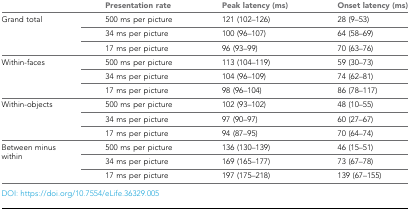
|  | Presentation rate | Peak latency (ms) | Onset latency (ms) |
 | --- | --- | --- | --- |
 | <ROWSPAN=3> Grand total | 500 ms per picture | 121 (102–126) | 28 (9–53) |
 | 34 ms per picture | 100 (96–107) | 64 (58–69) |
 | 17 ms per picture | 96 (93–99) | 70 (63–76) |
 | <ROWSPAN=3> Within-faces | 500 ms per picture | 113 (104–119) | 59 (30–73) |
 | 34 ms per picture | 104 (96–109) | 74 (62–81) |
 | 17 ms per picture | 98 (96–104) | 86 (78–117) |
 | <ROWSPAN=3> Within-objects | 500 ms per picture | 102 (93–102) | 48 (10–55) |
 | 34 ms per picture | 97 (90–97) | 60 (27–67) |
 | 17 ms per picture | 94 (87–95) | 70 (64–74) |
 | <ROWSPAN=3> Between minus within | 500 ms per picture | 136 (130–139) | 46 (15–51) |
 | 34 ms per picture | 169 (165–177) | 73 (67–78) |
 | 17 ms per picture | 197 (175–218) | 139 (67–155) |